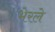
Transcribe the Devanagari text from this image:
भेरले